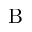
\mathrm { B }